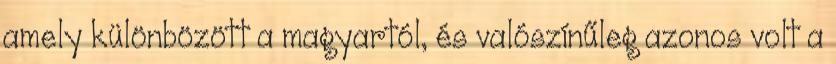
amely különbözött a magyartól, és valószínűleg azonos volt a